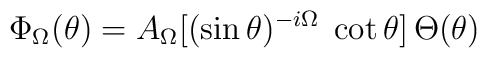
\Phi_\Omega(\theta)=  A_\Omega [(\sin\theta)^{-i \Omega}\;\cot \theta]\, \Theta(\theta)